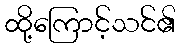
ထို့ကြောင့်သင်၏